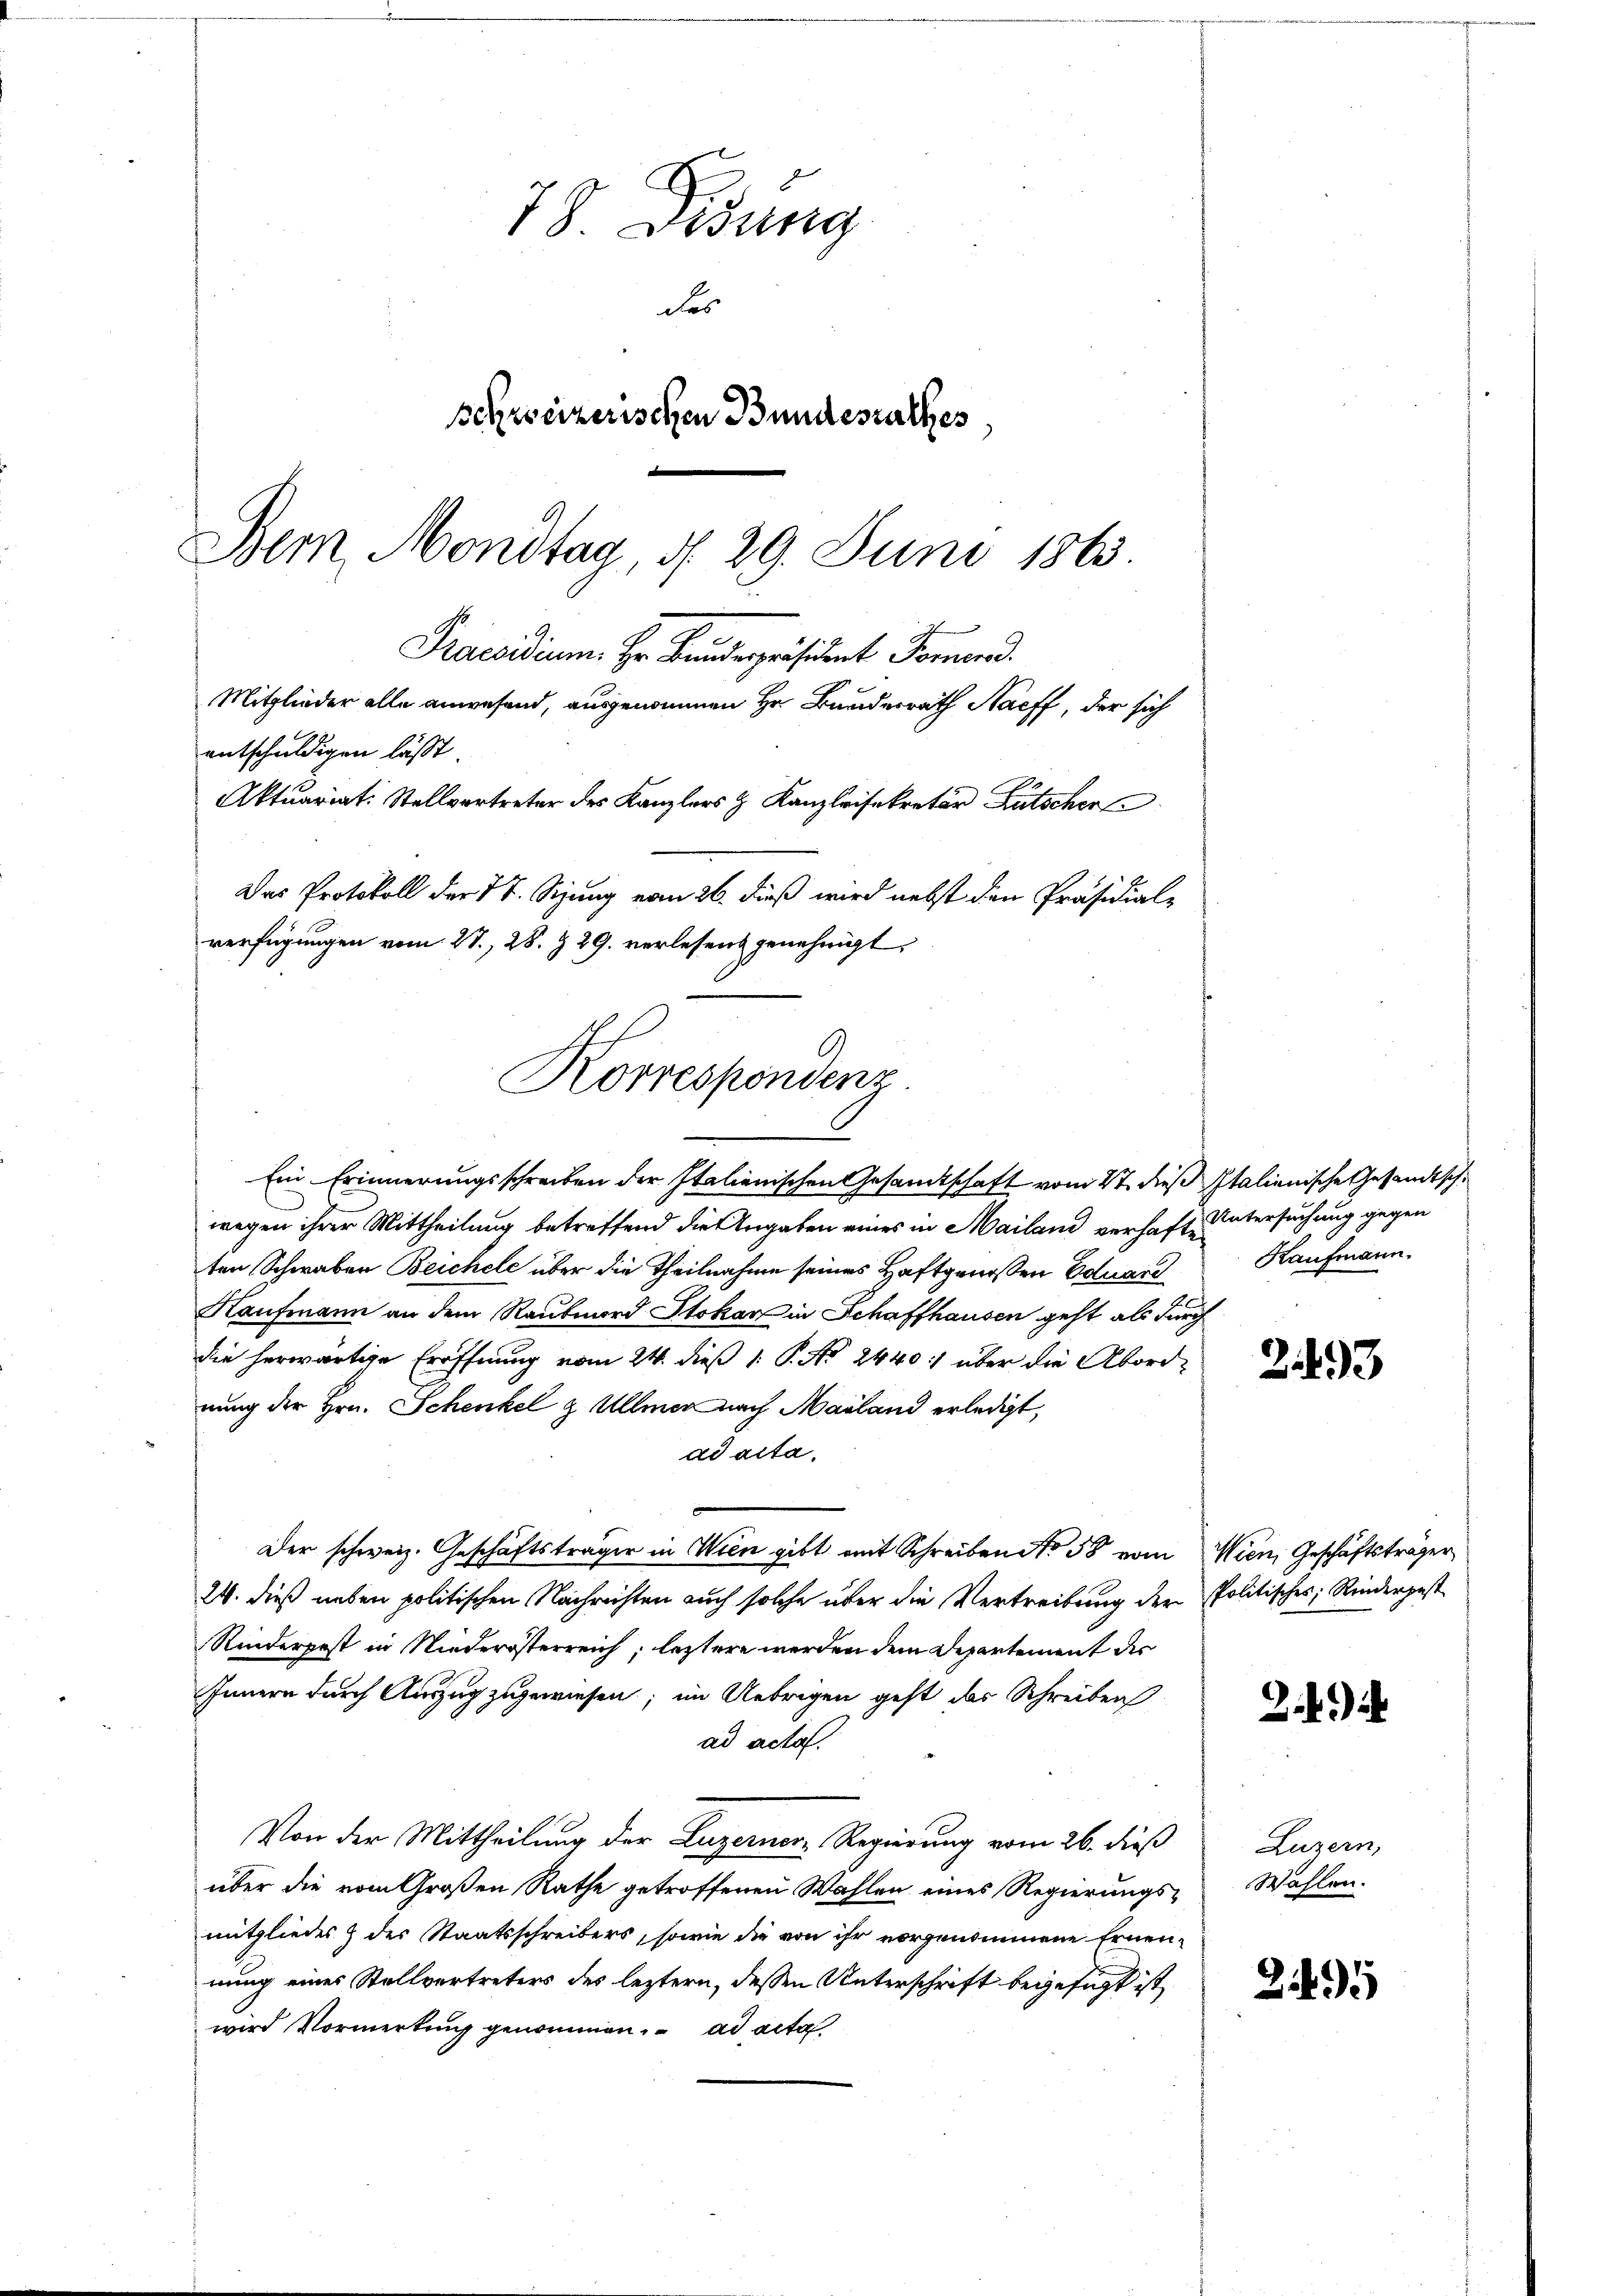
78 Didung
des
schweizerischen Bundesrathes.
Bern, Mondtag, d. 29. Juni 1863.

Praesidium. Hr. Bundespräsident Formend
Mitglieder alle anwesend, ausgenommen Hr. Bundesrath Stacff, der sich
entschuldigen lässt.
Aktuariat. Stellvertreter des Kanzlers & Kanzleisekretär Bütscher
Das Protokoll der St. Sizung vom 26. dieß wird nebst den Präsidial-
verfügungen vom 27. 28. Z. 29. verlesend genehmigt.

Korrespondenz

Ein Erinnerungsschreiben der Italienischen Gesandtschaft vom 27. dieß Italienische Gesandtsche
wegen ihrer Mittheilung betreffend die Angaben eines in Mailand verhaft, untersuchung gegen
ten Schwaben Beichele über die Theilnahme seines Haftgenoßen Eduard
Kaufmann an dem Raubmord Stokan in Schaffhausen geht als durch
die herwärtige Eröffnung vom 24. dieß 1 P. No 2440. über die Abordnung der Hrn. Schenkel & Ullmer nach Mailand erledigt,
ad acta.
Der schweiz. Geschäftsträger in Wien gibt mit Schreiben No 58 vom Wien, Geschäftsträger
24. dieß neben politischen Nachrichten auch solche über die Vertreibung der Politisches Rindergest
Rinderpest in Niederösterreich, letztere werden dem Departement des
Innern durch Auszug zugewiesen; im Uebrigen geht das Schreiben
ad acta.
Von der Mittheilung der Luzerner-Regierung vom 26. dieß
über die vom Großen Rathe getroffenen Wahlen eines Regierungsmitgliedes & der Staatsschreibers, sowie die von ihr vorgenommene Ernennung eines Stellvertreters des leztern, dessen Unterschrift begefügt ist,
wird Vormerkung genommen. ad acta

Kaufmann.

2493

)

Luzern,
Wählen.

295